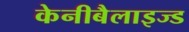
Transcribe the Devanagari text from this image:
केनीबैलाइज्ड